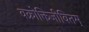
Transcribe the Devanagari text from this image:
वक्रोक्तिजीवितम्